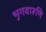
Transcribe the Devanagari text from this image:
भृगवारुणि